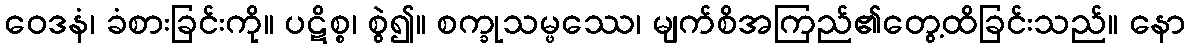
ဝေဒနံ၊ ခံစားခြင်းကို။ ပဋိစ္စ၊ စွဲ၍။ စက္ခုသမ္ဖဿေ၊ မျက်စိအကြည်၏တွေ့ထိခြင်းသည်။ နော